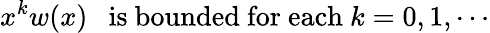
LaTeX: x^{k}w(x)\ \ \mathrm{~is~bounded~for~each}\ k=0,1,\cdots